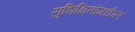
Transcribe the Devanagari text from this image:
सुशिक्षितांमधील